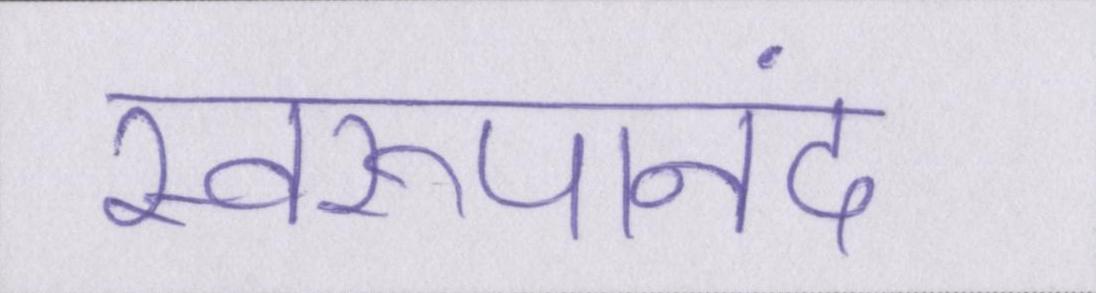
स्वरूपानंद